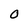
Character: 0